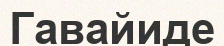
Гавайиде